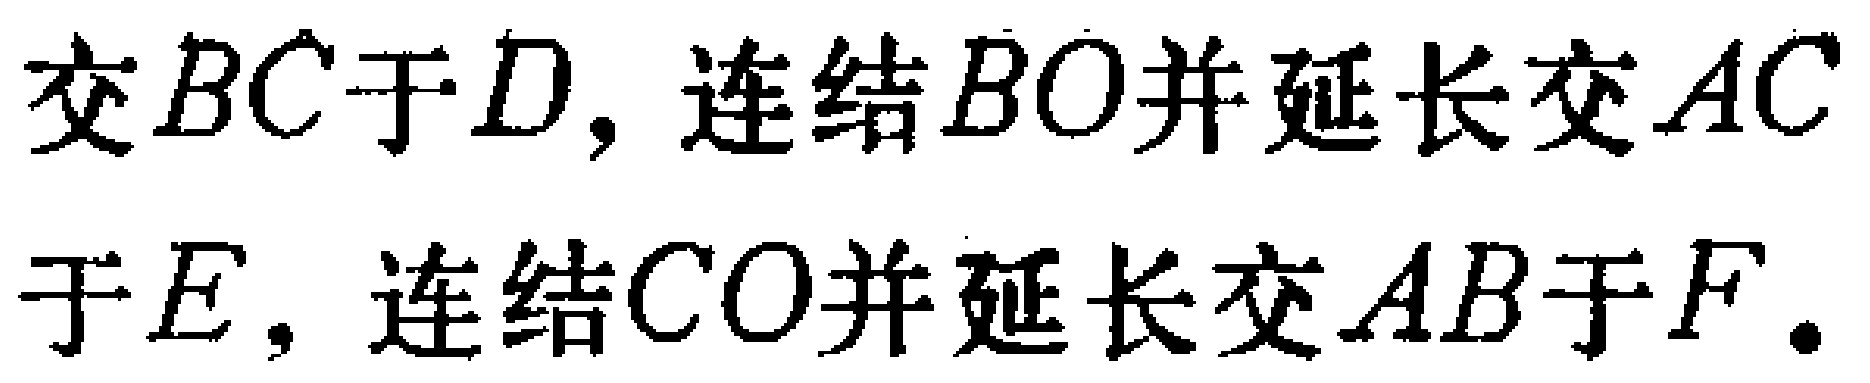
交$BC$于$D$，连结$BO$并延长交$AC$于$E$，连结$CO$并延长交$AB$于$F.$